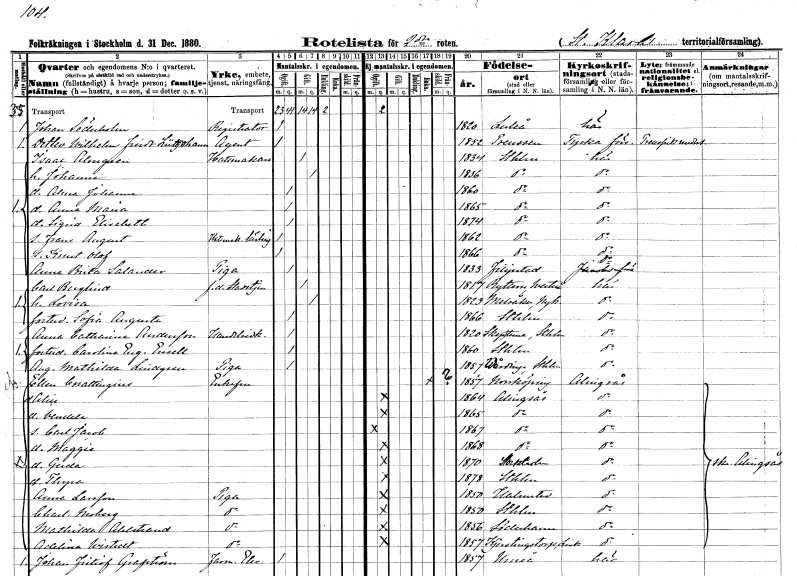
gt_parse: households: individuals: FN: Johan
EN: Söderholm
YRKE: Registrator
KON: M
CIV: O
FODAR: 1820
FODFORS: Luleå Norrbottens län
FN: Detlev Wilhelm Friedrich
EN: Lütjohann
YRKE: Agent
KON: M
CIV: O
FODAR: 1852
FN: Isaac
EN: Almgren
YRKE: Hattmakare
KON: M
CIV: G
FODAR: 1834
FODFORS: Stockholm
FN: Johanna
KON: K
CIV: G
FODAR: 1836
FODFORS: Stockholm
FN: Alma Johanna
KON: K
CIV: O
FODAR: 1860
FODFORS: Stockholm
FN: Anna Maria
KON: K
CIV: O
FODAR: 1865
FODFORS: Stockholm
FN: Sigrid Elisabeth
KON: K
CIV: O
FODAR: 1874
FODFORS: Stockholm
FN: Frans August
YRKE: Hattmakarelärling
KON: M
CIV: O
FODAR: 1862
FODFORS: Stockholm
FN: Knut Olof
KON: M
CIV: O
FODAR: 1866
FODFORS: Stockholm
FN: Anna Brita
EN: Salander
YRKE: Piga
KON: K
CIV: O
FODAR: 1833
FODFORS: Filipstad Värmlands län
FN: Carl
EN: Berglind
YRKE: Stadstjänare f.d.
KON: M
CIV: G
FODAR: 1817
FODFORS: Rytterne Västmanlands län
FN: Lovisa
KON: K
CIV: G
FODAR: 1823
FODFORS: Ytterselö Södermanlands län
FN: Sofia Augusta
KON: K
CIV: O
FODAR: 1866
FODFORS: Stockholm
FN: Anna Catharina
EN: Andersson
YRKE: Handelsidkerska
KON: K
CIV: O
FODAR: 1820
FODFORS: Skepptuna Stockholms län
FN: Carolina Eugenia
EN: Ensell
KON: K
CIV: O
FODAR: 1860
FODFORS: Stockholm
FN: Augusta Mathilda
EN: Lindgren
YRKE: Piga
KON: K
CIV: O
FODAR: 1857
FODFORS: Vårdinge Stockholms län
FN: Ellen
EN: Cnattingius
KON: K
CIV: E
FODAR: 1857
FODFORS: Norrköping Östergötlands län
FN: Alice
KON: K
CIV: O
FODAR: 1864
FODFORS: Alingsås Älvsborgs län
FN: Vendela
KON: K
CIV: O
FODAR: 1865
FODFORS: Alingsås Älvsborgs län
FN: Carl Jacob
KON: M
CIV: O
FODAR: 1867
FODFORS: Alingsås Älvsborgs län
FN: Maggie
KON: K
CIV: O
FODAR: 1868
FODFORS: Alingsås Älvsborgs län
FN: Gerda
KON: K
CIV: O
FODAR: 1870
FODFORS: Stockholm
FN: Thyra
KON: K
CIV: O
FODAR: 1878
FODFORS: Stockholm
FN: Anna
EN: Larsson
YRKE: Piga
KON: K
CIV: O
FODAR: 1850
FODFORS: Halmstad Hallands län
FN: Charlotta
EN: Moberg
YRKE: Piga
KON: K
CIV: O
FODAR: 1850
FODFORS: Stockholm
FN: Mathilda
EN: Ahlstrand
YRKE: Piga
KON: K
CIV: O
FODAR: 1856
FODFORS: Söderhamn Gävleborgs län
FN: Adelina
EN: Wistedt
YRKE: Piga
KON: K
CIV: O
FODAR: 1857
FODFORS: Sankt Per Vadstena Östergötlands län
FN: Johan Fritiof
EN: Grafström
YRKE: Farmaceutelev
KON: M
CIV: O
FODAR: 1857
FODFORS: Umeå Västerbottens län